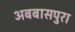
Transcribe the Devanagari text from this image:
अबबासपुरा